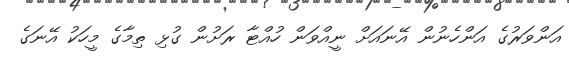
އަންވަރުގެ އަންހެނުން އޭނައަށް ނީއްވަން ހުއްޓާ ރަށުން ގުޅި ތިމާގެ މީހަކު އޭނަގެ